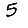
Digit: 5